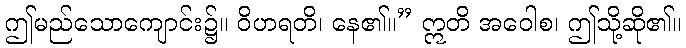
ဤမည်သောကျောင်း၌။ ဝိဟရတိ၊ နေ၏။” ဣတိ အဝေါစ၊ ဤသို့ဆို၏။